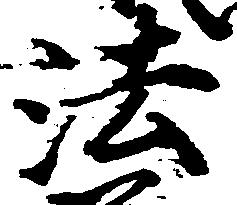
法